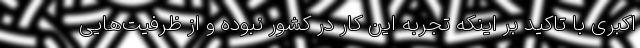
اکبری با تاکید بر اینکه تجربه این کار در کشور نبوده و از ظرفیت‌هایی